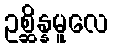
ဥစ္ဆိန္နမူလေ